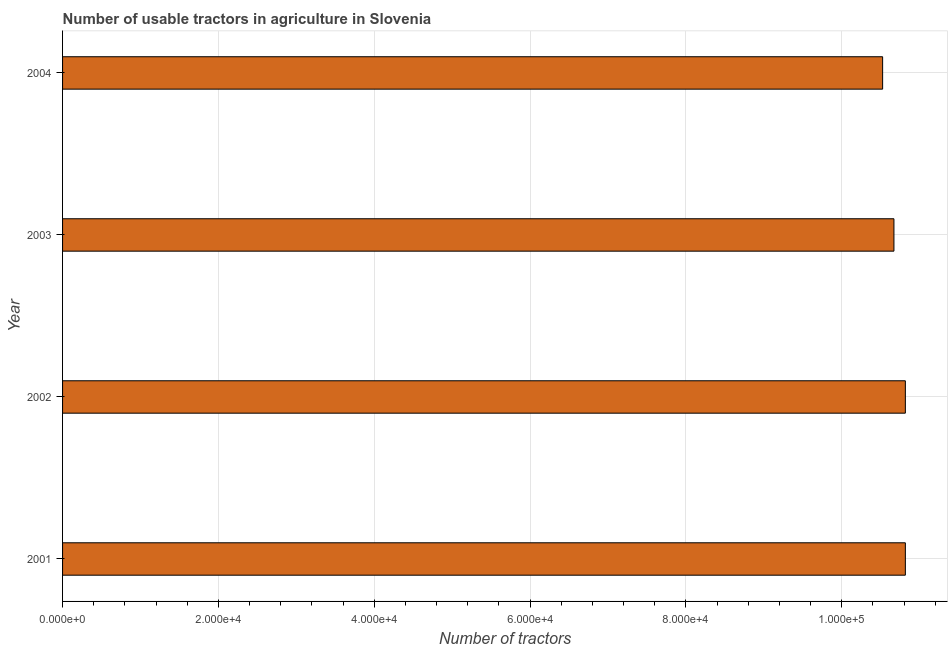
| Year | Agricultural machinery |
 | --- | --- |
 | 2001 | 1.08e+05 |
 | 2002 | 1.08e+05 |
 | 2003 | 1.07e+05 |
 | 2004 | 1.05e+05 |